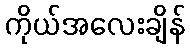
ကိုယ်အလေးချိန်